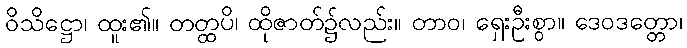
ဝိသိဋ္ဌော၊ ထူး၏။ တတ္ထပိ၊ ထိုဇာတ်၌လည်း။ တာဝ၊ ရှေးဦးစွာ။ ဒေဝဒတ္တော၊